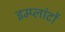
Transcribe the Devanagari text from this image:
इम्प्लांटों